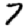
Digit: 7